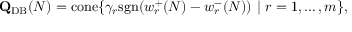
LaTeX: \mathbf { Q } _ { \mathrm { { D B } } } ( N ) = \mathrm { { c o n e } } \{ \gamma _ { r } \mathrm { { s g n } } ( w _ { r } ^ { + } ( N ) - w _ { r } ^ { - } ( N ) ) \ | \ r = 1 , \ldots , m \} ,